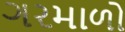
ગરમાળો